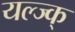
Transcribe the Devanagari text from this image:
यल्ज्क्